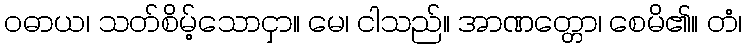
ဝဓာယ၊ သတ်စိမ့်သောငှာ။ မေ၊ ငါသည်။ အာဏတ္တော၊ စေမိ၏။ တံ၊